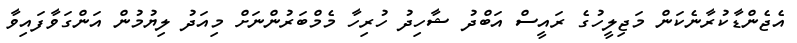
އެޖެންޑާކުރާނެކަން މަޖިލީހުގެ ރައީސް އަބްދު ޝާހިދު ހުރިހާ މެމްބަރުންނަށް މިއަދު ލިޔުމުން އަންގަވާފައިވާ